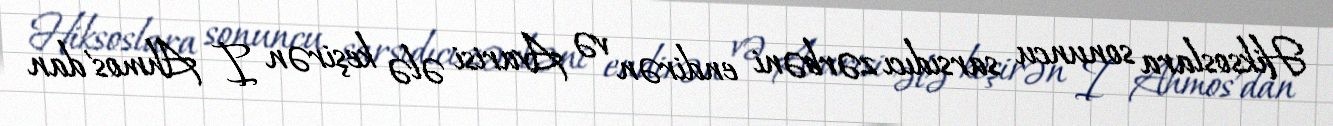
Hiksoslara sonuncu sarsıdıcı zərbəni endirən və Avarisi ələ keşirən I Ahmos’dan